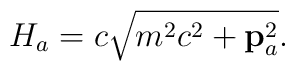
H_a=c\sqrt {m^2c^2+{\bf p}_a^2}.